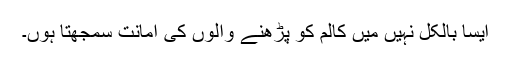
ایسا بالکل نہیں میں کالم کو پڑھنے والوں کی امانت سمجھتا ہوں۔